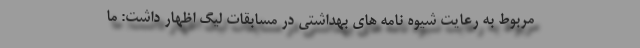
مربوط به رعایت شیوه نامه های بهداشتی در مسابقات لیگ اظهار داشت: ما